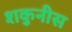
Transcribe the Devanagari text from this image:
शकुनीस